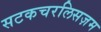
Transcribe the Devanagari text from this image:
सटकचरलिसज़म